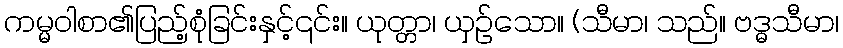
ကမ္မဝါစာ၏ပြည့်စုံခြင်းနှင့်၎င်း။ ယုတ္တာ၊ ယှဉ်သော။ (သီမာ၊ သည်။ ဗဒ္ဓသီမာ၊